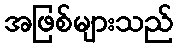
အဖြစ်များသည်